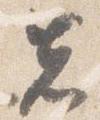
先